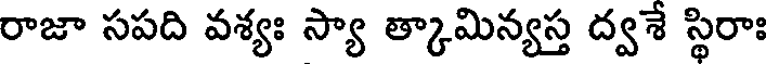
రాజా సపది వశ్యః స్యా త్కామిన్యస్త ద్వశే స్థిరాః